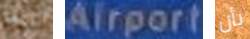
ربما Airport بأن